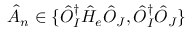
\hat { A } _ { n } \in \{ \hat { O } _ { I } ^ { \dagger } \hat { H } _ { e } \hat { O } _ { J } , \hat { O } _ { I } ^ { \dagger } \hat { O } _ { J } \}